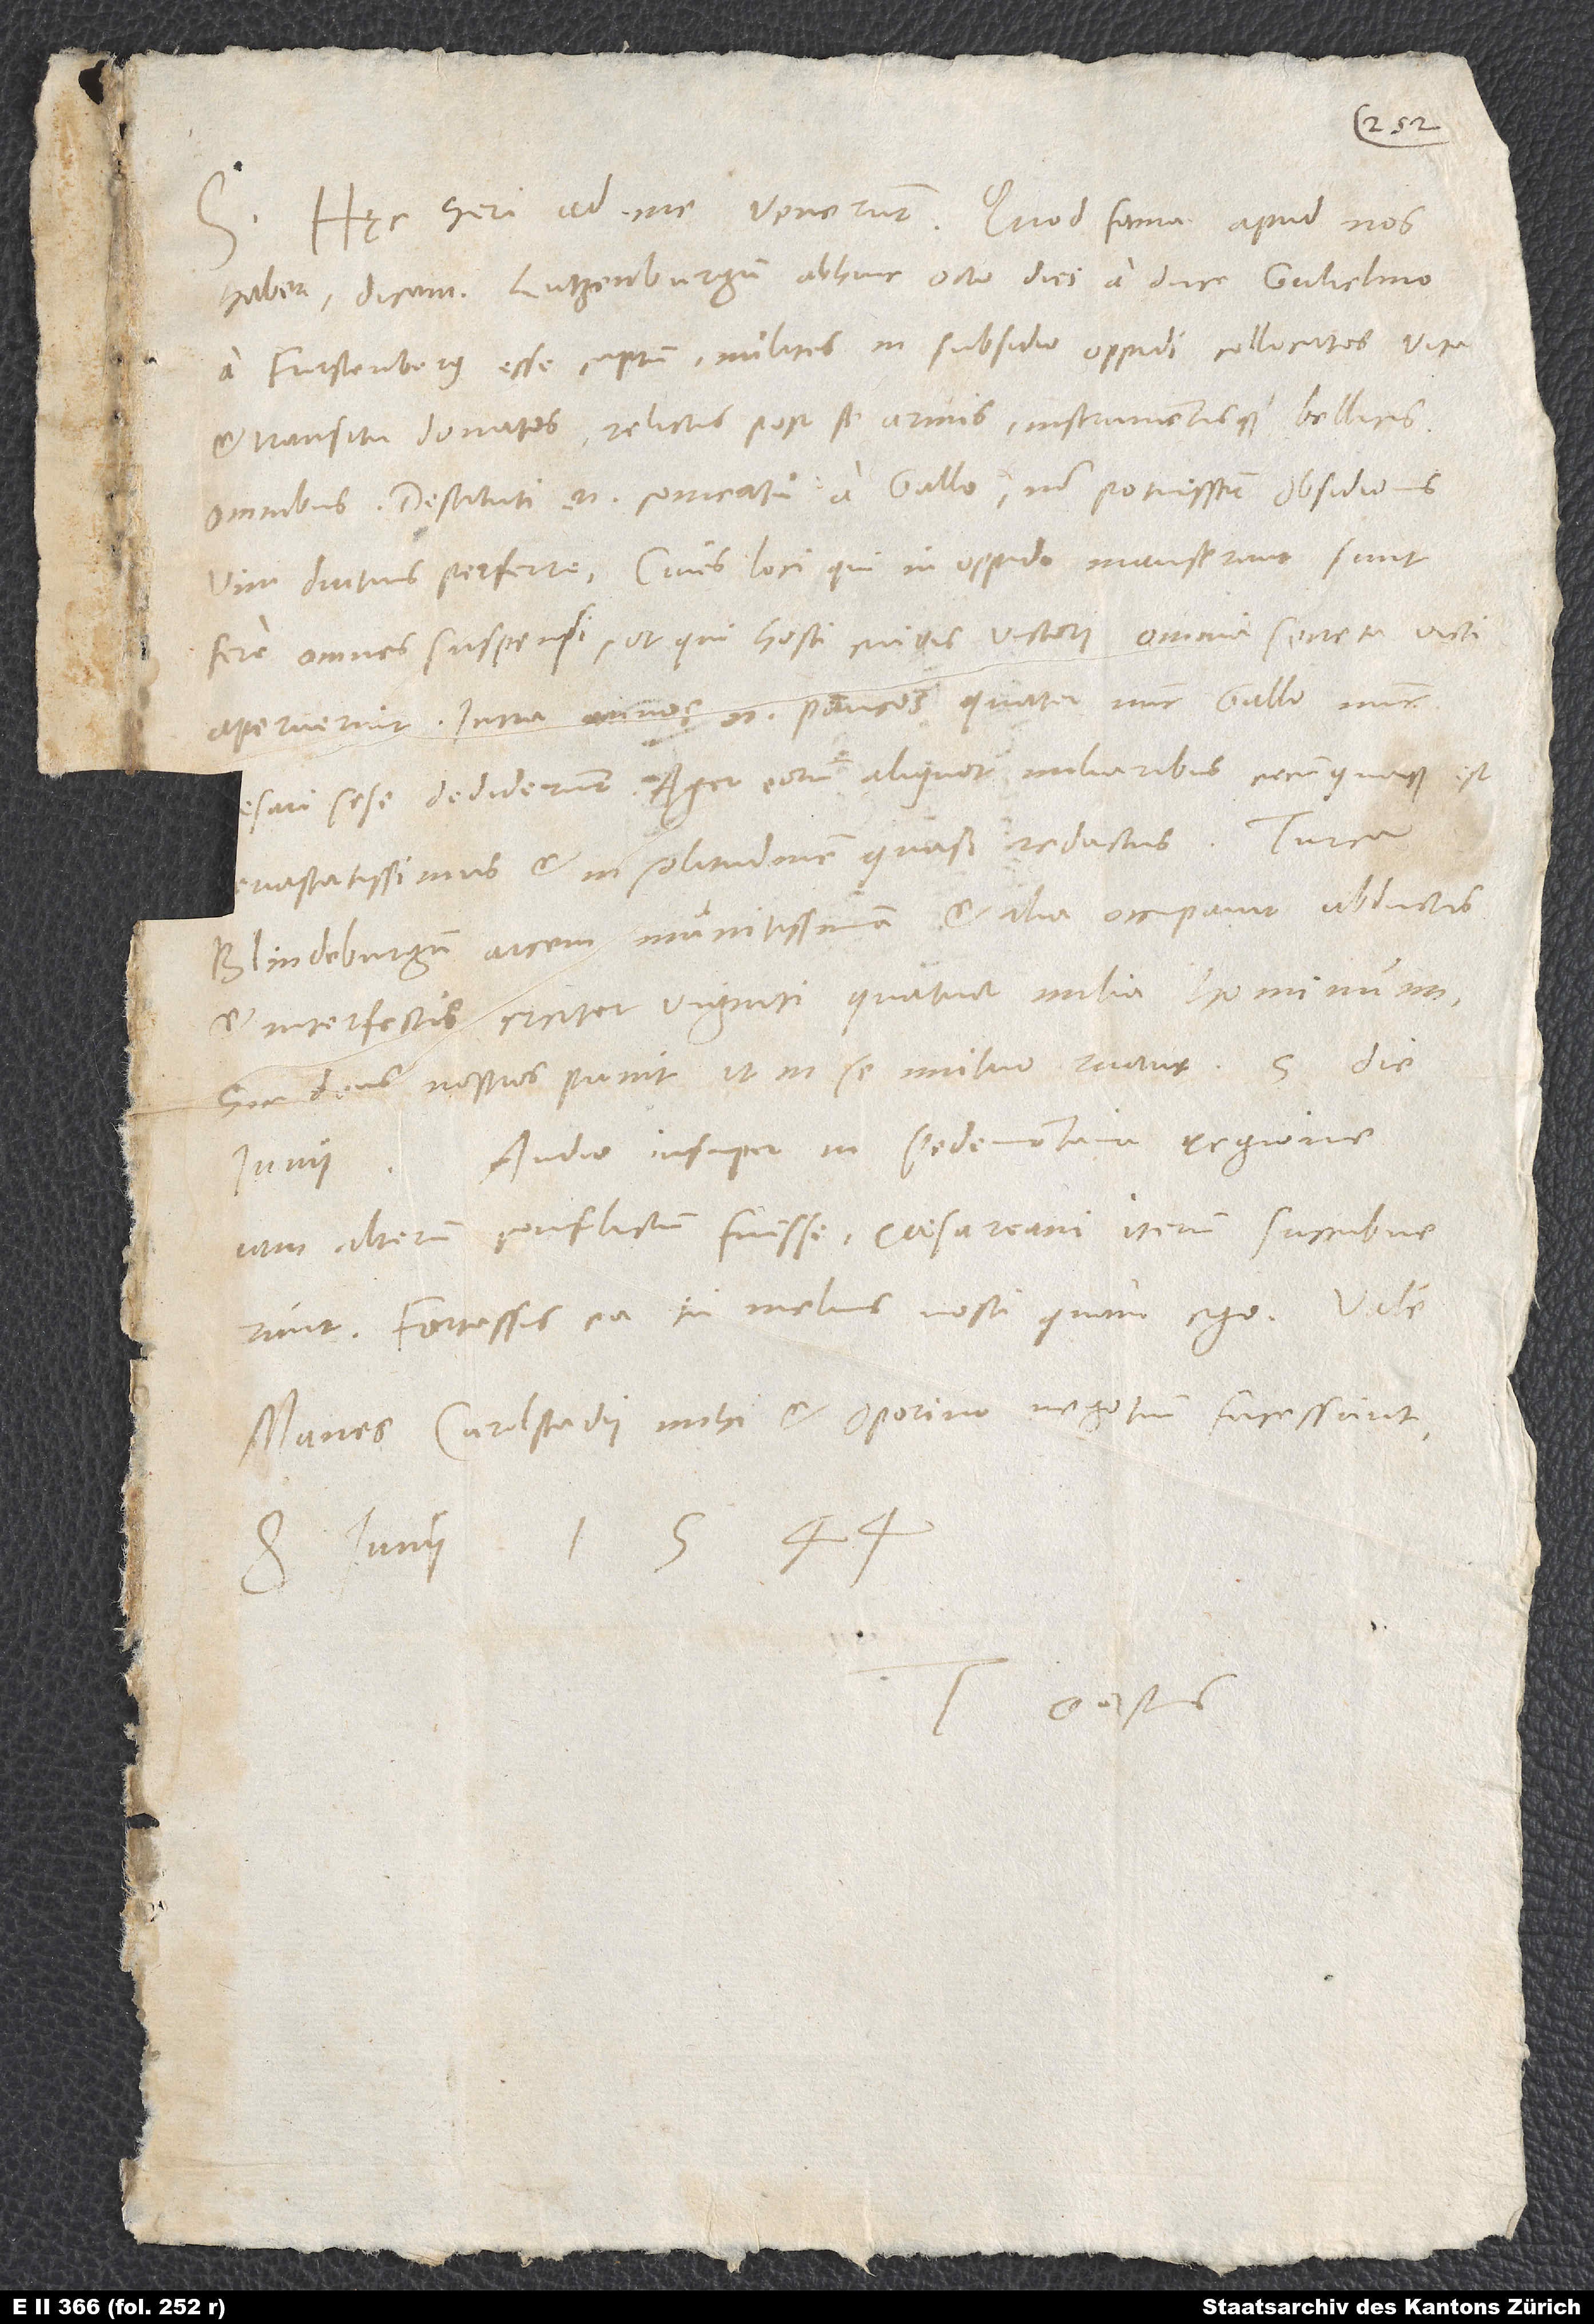
S.

Hęc heri ad me venerunt. Quod fama apud nos
habet, dicam: Lutzenburgum abhinc octo dies a duce Gulielmo
a Furstenberg esse captum, milites in subsidio oppidi collocatos vita
et transitu donatos relictis post se armis instrumentisque bellicis
omnibus; destituti enim comeatu a Gallo non potuisse obsidionis
vim diutius perferre. Cives loci, qui in oppido manserunt, sunt
fere omnes suspensi, ut qui hosti cuivis victori omnia secreta victi
aperuerint; intra annos enim paucos quater nunc Gallo, nunc
vastatissimus et in solitudinem quasi reductus.
Blindeburgum, arcem munitissimam, et alia occupavit abductis
et interfectis circiter viginti quatuor milibus hominum.
Sic deus nostros punit, ut in se mutuo ruant. 5. die
Audio insuper in Pedemontana regione
iam alterum conflictum fuisse; caesareani iterum succubuerunt.
Fortassis ea tu melius nosti quam ego. Vale.
Manes Carolstadii mihi et Oporino negotium facessunt.
8. iunii 1544.
Tuus Gastius.